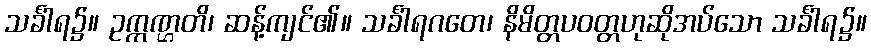
သင်္ခါရ၌။ ဥက္ကဏ္ဌတိ၊ ဆန့်ကျင်၏။ သင်္ခါရဂတေ၊ နိမိတ္တပဝတ္တဟုဆိုအပ်သော သင်္ခါရ၌။